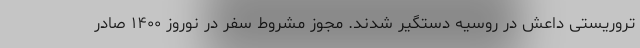
تروریستی داعش در روسیه دستگیر شدند. مجوز مشروط سفر در نوروز ۱۴۰۰ صادر